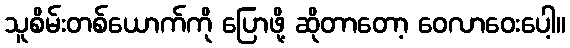
သူစိမ်းတစ်ယောက်ကို ပြောဖို့ ဆိုတာတော့ ဝေလာဝေးပေါ့။